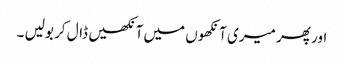
اور پھر میری آنکھوں میں آنکھیں ڈال کر بولیں ۔